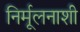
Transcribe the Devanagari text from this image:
निर्मूलनाशी